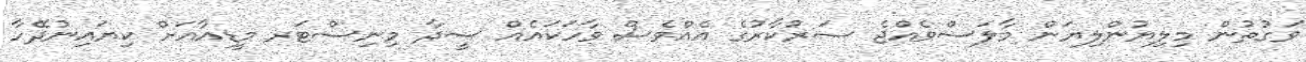
ވަގުތުން މިލިޔުންލިޔަން މާލަސްވެއްޖެ ސަރުކާރުގެ އެއްވެސް ވާހަކައެއް ސީދާ މިނިސްޓަރ މީޑިއާއަށް ކިޔައިނުދޭހާ